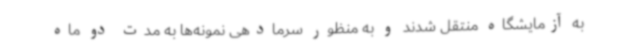
به آزمایشگاه منتقل شدند و به منظور سرمادهی نمونه‌ها به مدت دو ماه